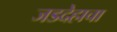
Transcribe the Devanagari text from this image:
जडदेहाचा